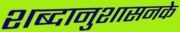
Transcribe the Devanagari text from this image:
शब्दानुशासनके